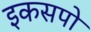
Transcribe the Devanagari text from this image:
इकसपो